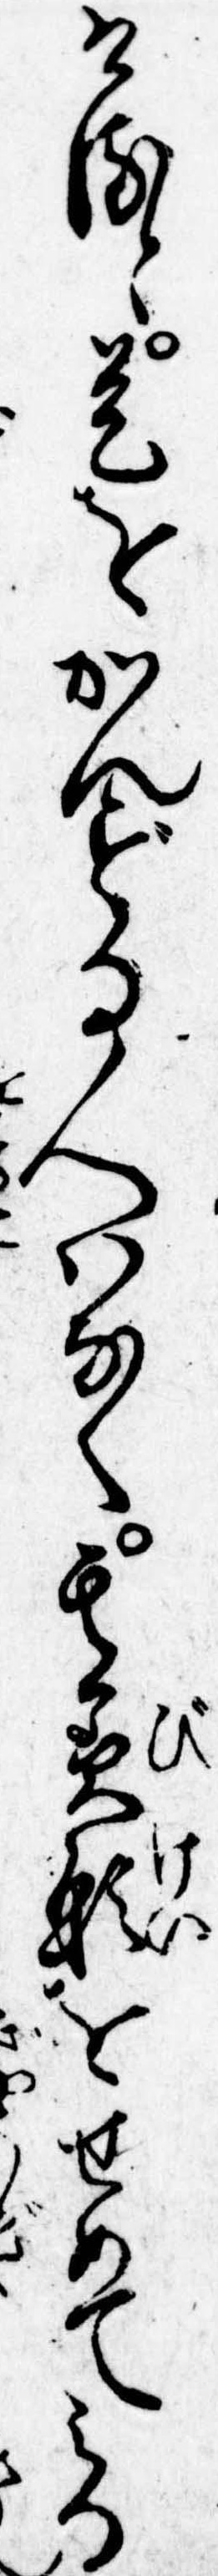
けると是をかんずる人はなく其美形をせめてみる